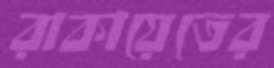
রাকায়েতের